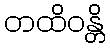
တထိဝန္တိ